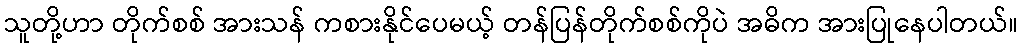
သူတို့ဟာ တိုက်စစ် အားသန် ကစားနိုင်ပေမယ့် တန်ပြန်တိုက်စစ်ကိုပဲ အဓိက အားပြုနေပါတယ်။